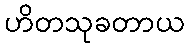
ဟိတသုခတာယ